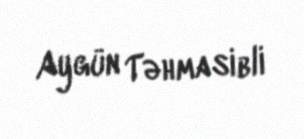
Aygün Təhmasibli